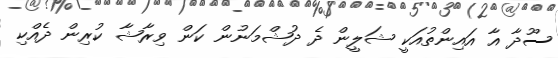
ސޫދާ އާ އައިންތުއަކީ ޝަލީން ދެ ދުޝްމަނުން ކަން ވިރާޝާ ކުރިން ދެއްކި